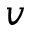
v